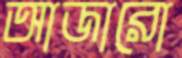
আজারো